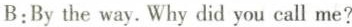
B:By the way. Why did you call me?